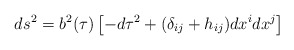
\begin{align*}ds^2 = b^2 (\tau) \left[ -d\tau^2 + (\delta_{ij} + h_{ij}) dx^i dx^j \right] \end{align*}